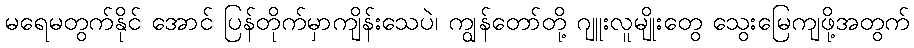
မရေမတွက်နိုင် အောင် ပြန်တိုက်မှာကျိန်းသေပဲ၊ ကျွန်တော်တို့ ဂျူးလူမျိုးတွေ သွေးမြေကျဖို့အတွက်